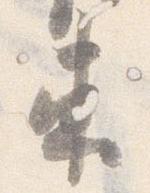
束